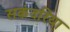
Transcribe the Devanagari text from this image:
सकंदरिया